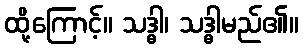
ထို့ကြောင့်။ သဒ္ဓါ၊ သဒ္ဓါမည်၏။